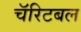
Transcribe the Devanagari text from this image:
चॅरिटबल